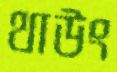
থাউং